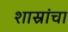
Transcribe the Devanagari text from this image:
शास्रांचा